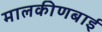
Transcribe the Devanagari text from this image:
मालकीणबाई